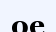
ое